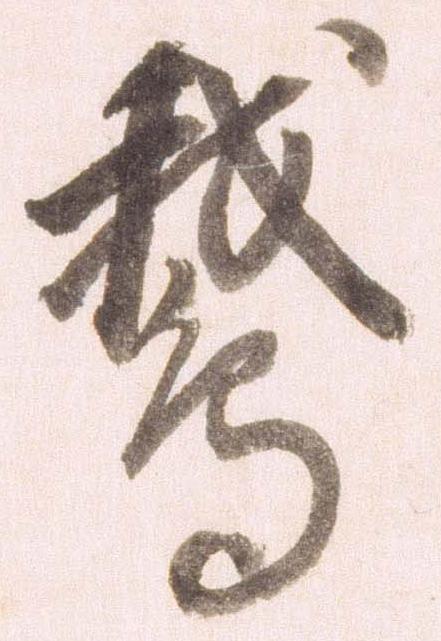
鵝